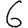
Digit: 6